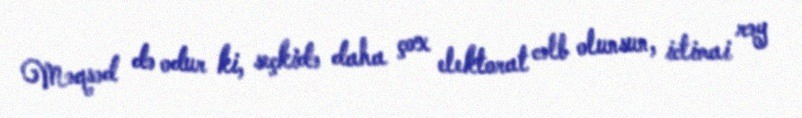
Məqsəd də odur ki, seçkidə daha çox elektorat cəlb olunsun, ictimai rəy